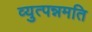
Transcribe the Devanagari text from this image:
व्युत्पन्नमति